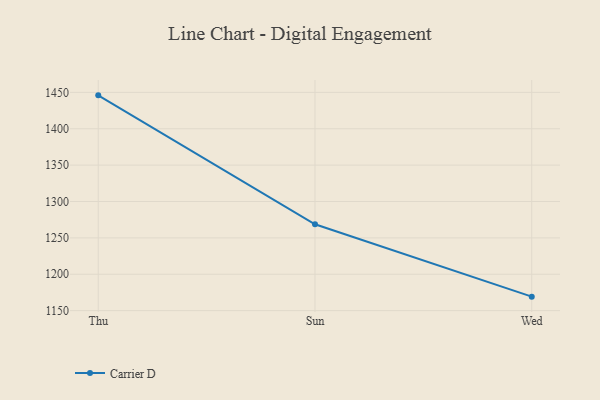
{"axis": {"x": "Day", "y": "Website Visitors"}, "legend": ["Carrier D"], "data": [{"x": "Thu", "y": 1445.9, "type": "Carrier D"}, {"x": "Sun", "y": 1268.7, "type": "Carrier D"}, {"x": "Wed", "y": 1169.2, "type": "Carrier D"}]}